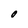
Character: O